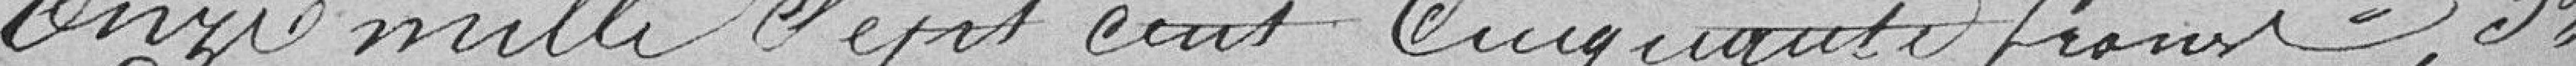
onze mille sept cent cinquante francs. Troisièmement,